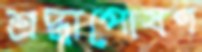
শ্রদ্ধাপোষণ